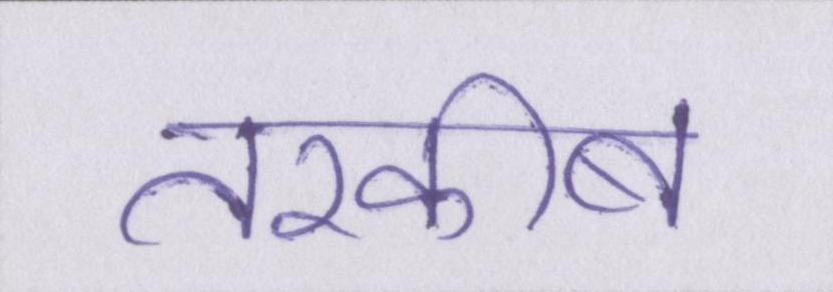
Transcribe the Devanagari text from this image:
तरकीब